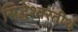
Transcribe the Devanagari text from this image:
सिद्धेश्वरतीर्थ